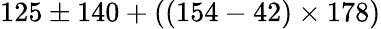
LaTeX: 125\pm 140+((154-42)\times 178)